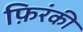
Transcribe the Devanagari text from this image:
फ़िरंकी